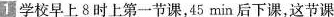
1学校早上8时上第一节课，45min后下课，这节课